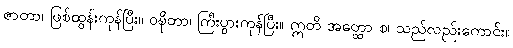
ဇာတာ၊ ဖြစ်ထွန်းကုန်ပြီး။ ဝဍ္ဎိတာ၊ ကြီးပွားကုန်ပြီး။ ဣတိ အတ္ထော စ၊ သည်လည်းကောင်း။